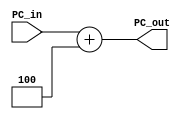
module PC_Adder 
#(parameter ins_width =32)
(
input [ins_width-1:0]PC_in,
output[ins_width-1:0]PC_out 

);
assign PC_out=PC_in+32'd4;
endmodule